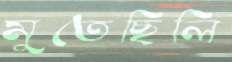
মুতেছিলি